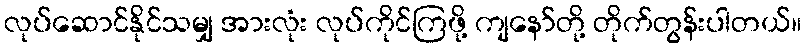
လုပ်ဆောင်နိုင်သမျှ အားလုံး လုပ်ကိုင်ကြဖို့ ကျနော်တို့ တိုက်တွန်းပါတယ်။